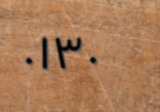
٠١٣٠